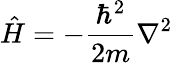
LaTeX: {\hat{H}}=-{\frac{\hbar^{2}}{2m}}\nabla^{2}